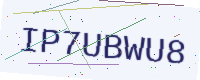
Text: IP7UBWU8